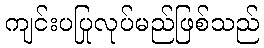
ကျင်းပပြုလုပ်မည်ဖြစ်သည်